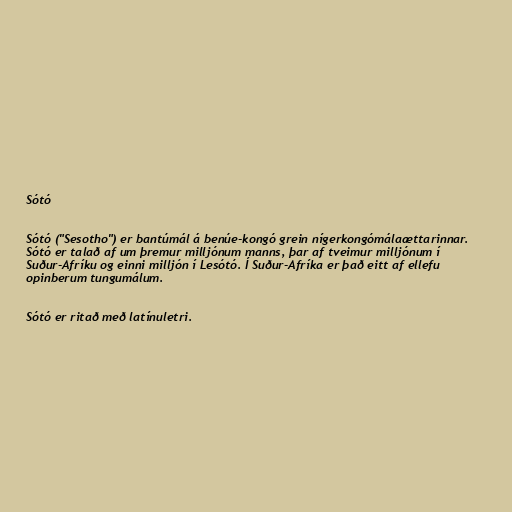
Sótó

Sótó ("Sesotho") er bantúmál á benúe-kongó grein nígerkongómálaættarinnar.
Sótó er talað af um þremur milljónum manns, þar af tveimur milljónum í
Suður-Afríku og einni milljón í Lesótó. Í Suður-Afríka er það eitt af ellefu
opinberum tungumálum.

Sótó er ritað með latínuletri.